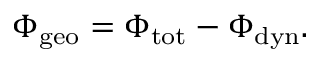
\begin{array} { r } { \Phi _ { \mathrm { g e o } } = \Phi _ { \mathrm { t o t } } - \Phi _ { \mathrm { d y n } } . } \end{array}